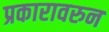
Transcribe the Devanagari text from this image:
प्रकारावरुन